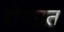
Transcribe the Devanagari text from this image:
रोगग्रत